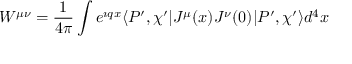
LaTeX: W ^ { \mu \nu } = \frac { 1 } { 4 \pi } \int e ^ { \imath q x } \langle P ^ { \prime } , \chi ^ { \prime } | J ^ { \mu } ( x ) J ^ { \nu } ( 0 ) | P ^ { \prime } , \chi ^ { \prime } \rangle d ^ { 4 } x